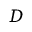
D